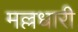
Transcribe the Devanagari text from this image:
मल्लधारी